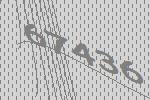
67436